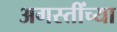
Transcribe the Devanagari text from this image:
अगस्तींच्या